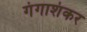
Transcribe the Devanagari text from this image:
गंगाशंकर